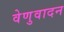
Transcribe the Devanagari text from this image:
वेणुवादन